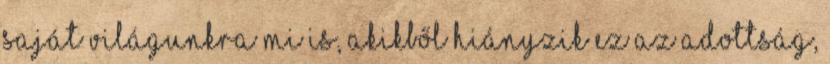
saját világunkra mi is, akikből hiányzik ez az adottság,